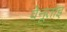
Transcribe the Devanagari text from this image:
वेनूताइ